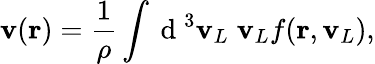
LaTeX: \mathbf{v}(\mathbf{r})=\frac{1}{\rho}\int\mathrm{~d~}^{3}\mathbf{v}_{L}\; \mathbf{v}_{L}f(\mathbf{r},\mathbf{v}_{L}),